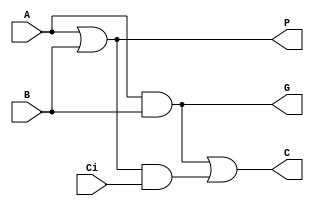
//////////////////////////////////////////////////////////////////////////////////
// Design Name: Generate/Propagate
//////////////////////////////////////////////////////////////////////////////////
`timescale 1ns / 1ps


module GP(
    input  wire A,
    input  wire B,
    input  wire Ci,
    output reg  G,
    output reg  P,
    output reg  C
    );

    always @(*)
        begin
            G = A & B;
            P = A | B;  // A xor B can also be used
            C = G | P & Ci;
        end
endmodule